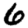
Digit: 6